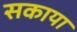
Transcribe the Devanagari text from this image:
सकाया